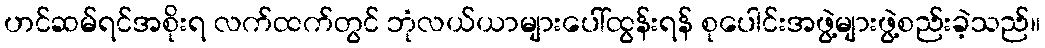
ဟင်ဆမ်ရင်အစိုးရ လက်ထက်တွင် ဘုံလယ်ယာများပေါ်ထွန်းရန် စုပေါင်းအဖွဲ့များဖွဲ့စည်းခဲ့သည်။